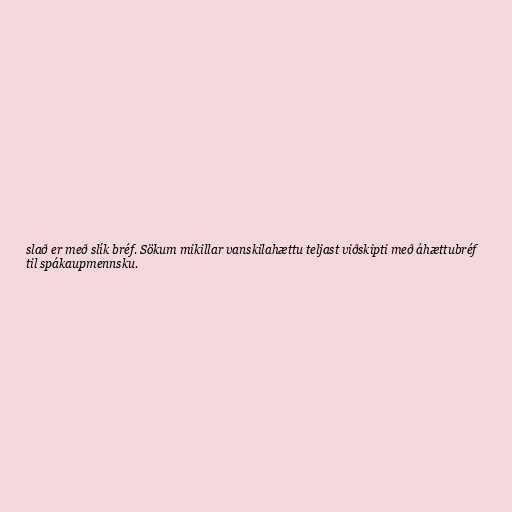
slað er með slík bréf. Sökum mikillar vanskilahættu teljast viðskipti með áhættubréf
til spákaupmennsku.